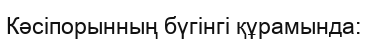
Кәсіпорынның бүгінгі құрамында: